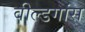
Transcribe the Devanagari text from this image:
वील्डगांस